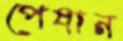
পেষান